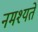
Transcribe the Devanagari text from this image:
नमश्यते